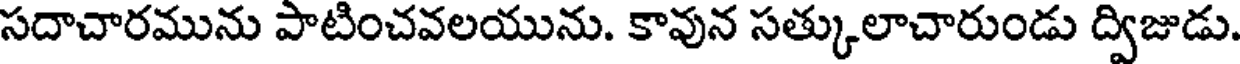
సదాచారమును పాటించవలయును. కావున సత్కులాచారుండు ద్విజుడు.